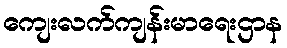
ကျေးလက်ကျန်းမာရေးဌာန